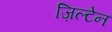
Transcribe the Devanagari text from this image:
ज़िल्टेन